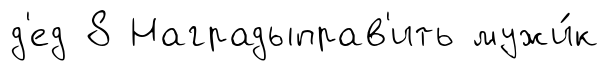
д'ед 8 Наградыправ'ить мужи́к